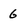
Character: 6